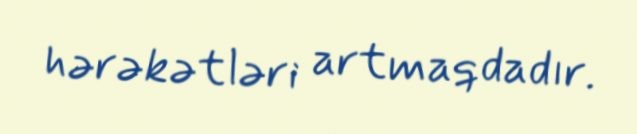
hərəkətləri artmaqdadır.